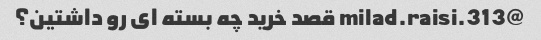
@milad.raisi.313 قصد خرید چه بسته ای رو داشتین؟